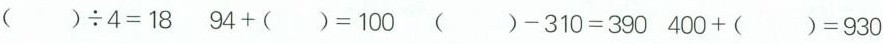
$$( ) \div 4 = 1 8$$ $$9 4 + ( ) = 1 0 0$$ $$( ) - 3 1 0 = 3 9 0$$ $$4 0 0 + ( ) = 9 3 0$$